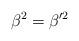
LaTeX: \begin{align*}\beta^2 = \beta'^2 \end{align*}